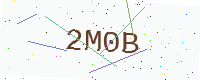
Text: 2M0B